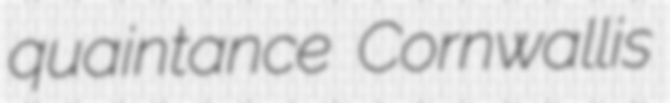
quaintance Cornwallis